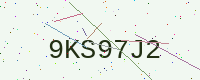
Text: 9KS97J2